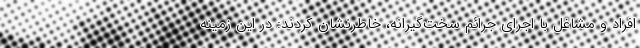
افراد و مشاغل با اجرای جرائم سخت‌گیرانه، خاطرنشان کردند: در این زمینه